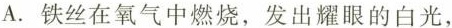
A.铁丝在氧气中燃烧，发出耀眼的白光，